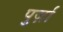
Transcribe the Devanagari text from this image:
पुर्ज़ा